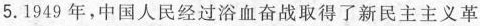
5.1949年，中国人民经过浴血奋战取得了新民主主义革